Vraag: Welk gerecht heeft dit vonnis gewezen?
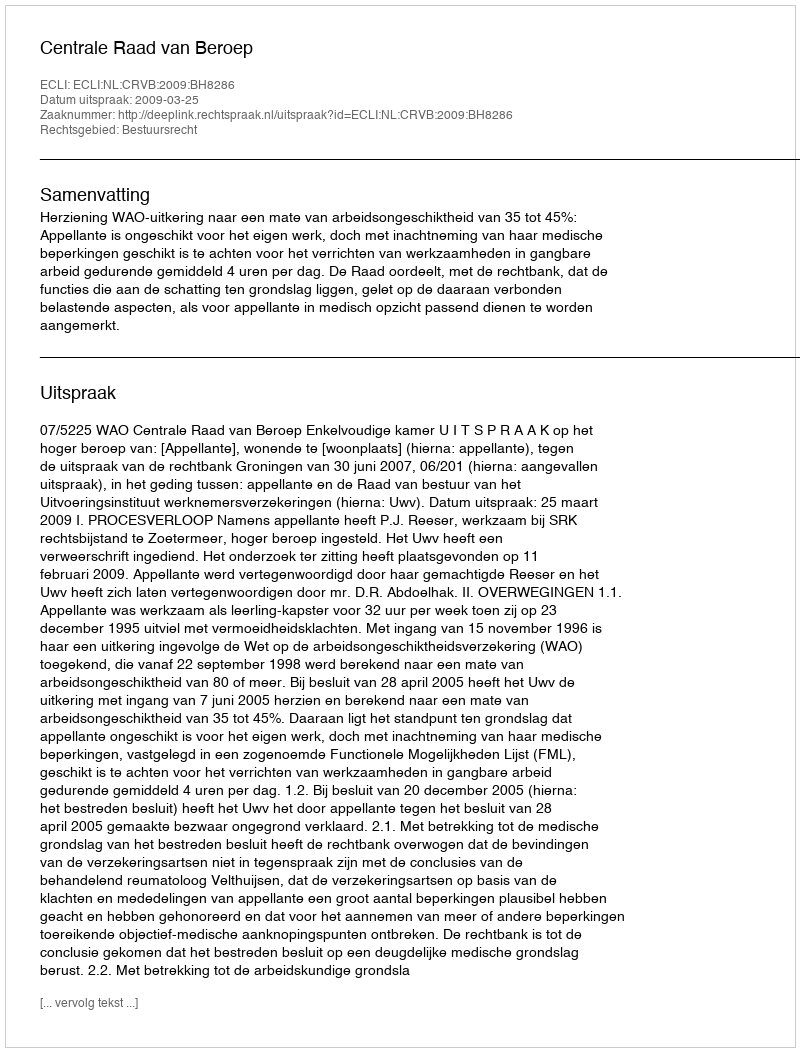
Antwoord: Centrale Raad van Beroep